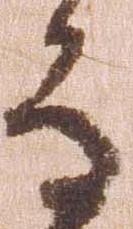
な